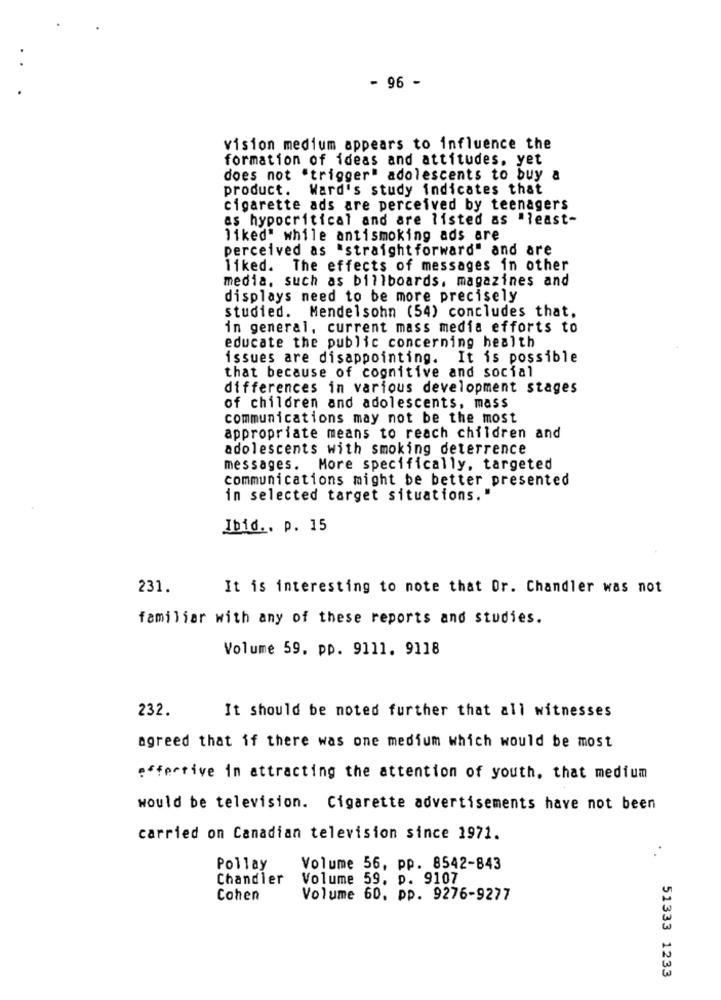
- 96 -
vision medium appears to influence the
formation of ideas and attitudes, yet
does not "trigger" adolescents to buy
product. Ward's study indicates that
cigarette ads are perceived by teenagers
as hypocritical and are listed as "least-
liked" while antismoking ads are
perceived as "straightforward" and are
liked. The effects of messages in other
media, such as billboards, magazines and
displays need to be more precisely
studied. Mendelsohn (54) concludes that.
in general, current mass media efforts to
educate the public concerning health
issues are disappointing. It is possible
that because of cognitive and social
differences in various development stages
of children and adolescents, mass
communications may not be the most
appropriate means to reach children and
adolescents with smoking deterrence
messages. More specifically, targeted
communications might be better presented
in selected target situations. "
Ibid .. p. 15
231.
It is interesting to note that Or. Chandler was not
familiar with any of these reports and studies.
Volume 59. pp. 9111. 9118
232.
It should be noted further that all witnesses
agreed that if there was one medium which would be most
effective in attracting the attention of youth, that medium
would be television. Cigarette advertisements have not been
carried on Canadian television since 1971.
Pollay
Volume 56, pp. 8542-843
Chandler
Volume 59. p. 9107
Cohen
Volume 60. pp. 9276-9277
51333 1233